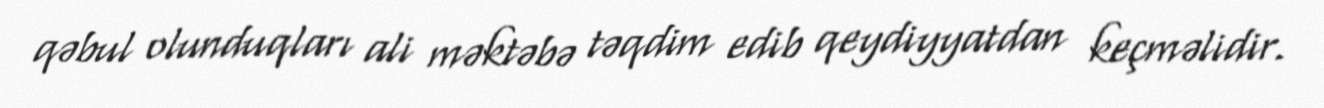
qəbul olunduqları ali məktəbə təqdim edib qeydiyyatdan keçməlidir.